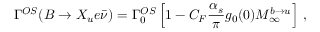
\Gamma ^ { O S } ( B \to X _ { u } e \bar { \nu } ) = \Gamma _ { 0 } ^ { O S } \left[ 1 - C _ { F } \frac { \alpha _ { s } } { \pi } g _ { 0 } ( 0 ) M _ { \infty } ^ { b \to u } \right] \, ,